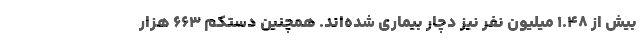
بیش از ۱.۴۸ میلیون نفر نیز دچار بیماری شده‌اند. همچنین دستکم ۶۶۳ هزار